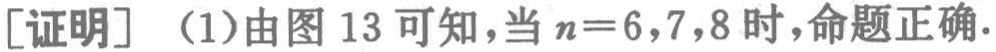
[证明] (1)由图 13 可知，当 \(n = 6,7,8\) 时，命题正确.